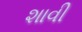
શાવી